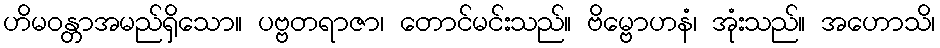
ဟိမဝန္တာအမည်ရှိသော။ ပဗ္ဗတရာဇာ၊ တောင်မင်းသည်။ ဗိမ္ဗောဟနံ၊ အုံးသည်။ အဟောသိ၊